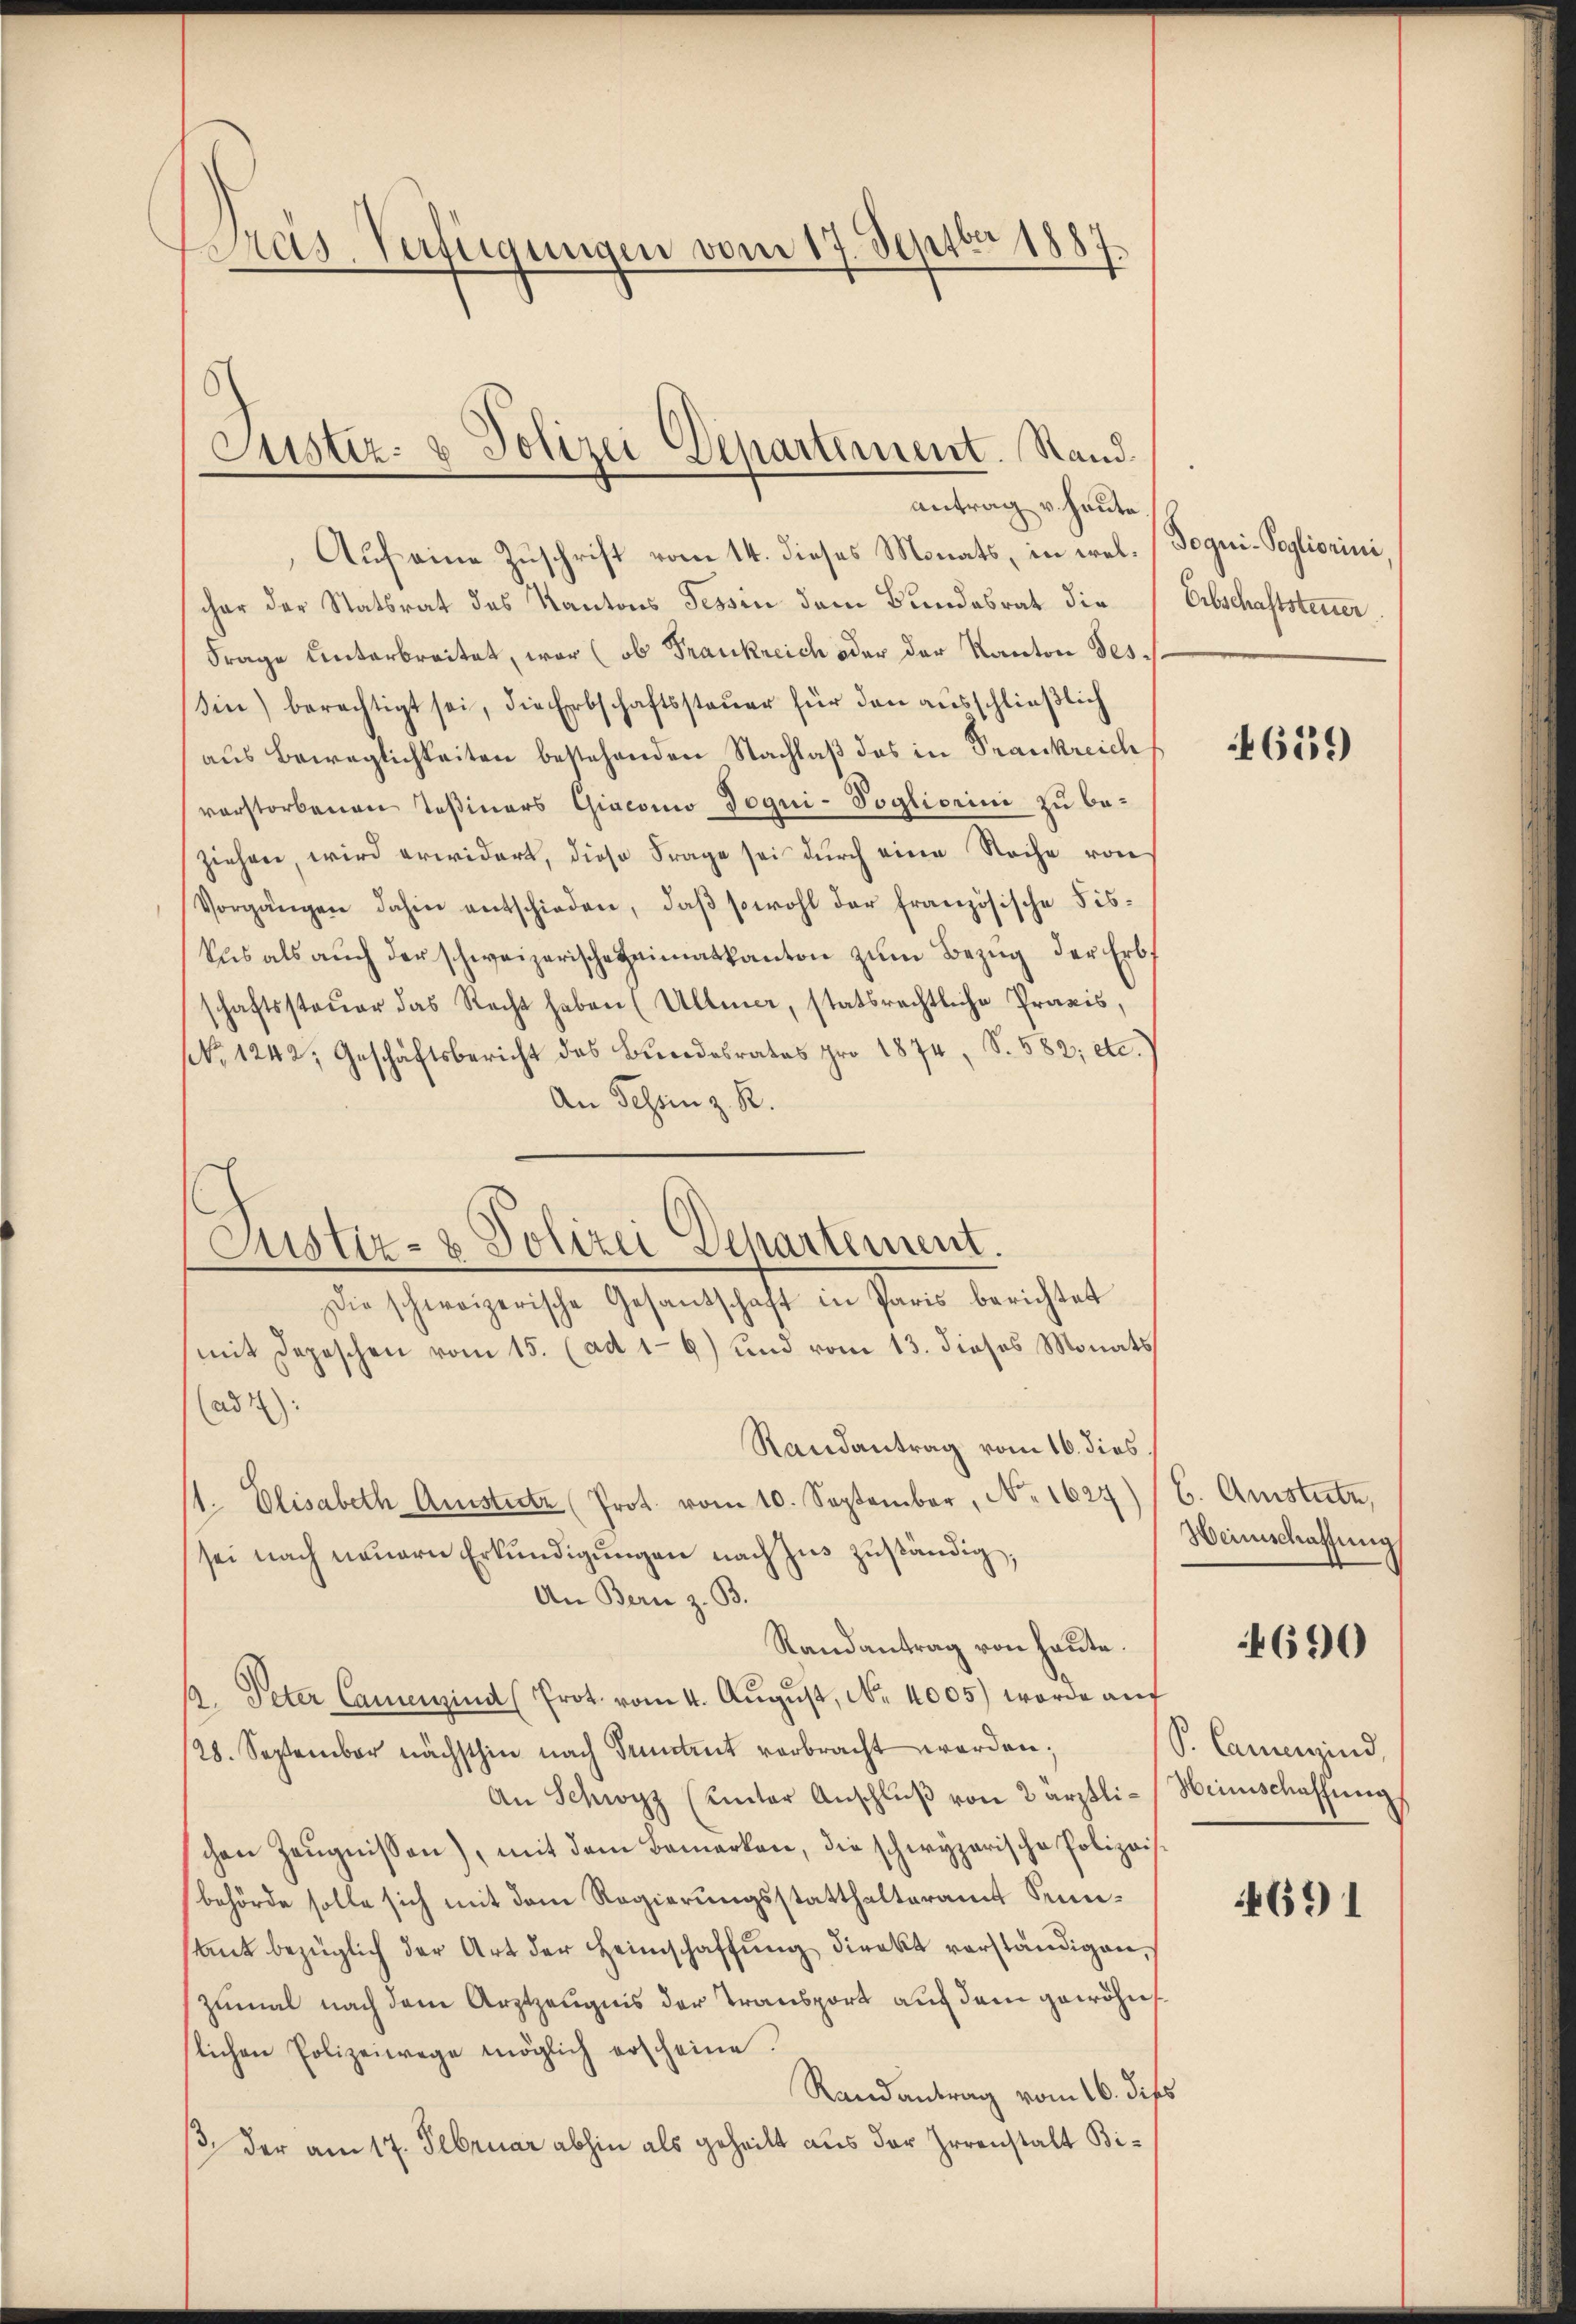
Preis. Verfügungen vom 17. Septbr 1887

6

Justiz- & Polizei Departement. Sand¬

Justiz- & Polizei Departement.

antrag v. heute
Auf eine Zuschrift vom 14. dieses Monats, in wel-/Doqui-Sogliorini
cher der Statsrat des Kantons Tessin dem Bundesrat die Erbschaftsteuer
Frage unterbreitet, war (ob Frankreich oder der Kanton dessin) berechtigt sei, die Erbschaftssteuer für den ausschließlich
aus Beweglichkeiten bestehenden Nachlaß das in Frankreich
verstorbenen Teßiners Giacono Joqui-Sogliorini zu be-
ziehen, wird erwidert, diese Frage sei durch eine Rache von
Vorgängen dahin entschieden, daß sowohl der französische Fiskus als aŭch der schweizerische Heimatkanton zum Bezug der Erbs
schaftssteŭer das Recht haben (Ullmer, statsrechtliche Praxis,
No 1242, Geschäftsbericht des Bundesrates pro 1874, S. 582; etc.
An Tessin z. R.
Die schweizerische Gesantschaft in Paris berichtet
(mit Depeschen vom 15. (ad 1-6) und vom 13. dieses Monats
(ad 44):
Randantrag vom 16. dies
1. Elisabeth Aussteuer (Prot. vom 10. September, No. 1627) (C. Amstutz,
sei nach neuern Erkŭndigŭngen nach zŭs zŭständig,
An Bern z. B.
Randantrag von heute.
1. Peter Camenzind (Prot. vom 4. August, No. 4005) worde auf
/28. September nächsthin nach Sentent verbracht werden;
An Schwyz (unter Anschlŭβ von 2 ärztli-Heimschaffŭng
chen Zeugnissen), mit dem Bemerken, die schwyzerische Polizeis
behörde solle sich mit dem Regierungsstatthalteramt Sumsamt bezüglich der Art der Heimschaffung direkt verständigen,
zumal nach dem Arztzeugnis der Transport auf dem gewöhn
slichen Polizeiwege möglich erscheine.
Randantrag vom 16. dies
ß. Der am 17. Februar abhin als geheilt aus der Irrenstalt Bi¬

659

Weinschaffung

4690

P. Camenzind,

691